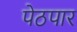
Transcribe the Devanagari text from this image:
पेठपार